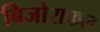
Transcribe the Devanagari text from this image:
बिजोराफल